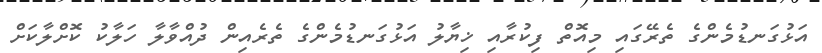
އަޅުގަނޑުމެންގެ ތެރޭގައި މިއޮތް ފިކުރާއި ޚިޔާލު އަޅުގަނޑުމެންގެ ތެރެއިން ދުއްވާލާ ހަލާކު ކޮށްލާކަށް